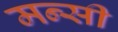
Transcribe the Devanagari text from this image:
मन्सी